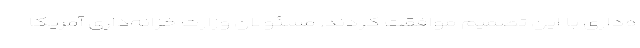
ه‌داری با این تصمیم موافقت کردند. مسئولان وزارت خزانه‌داری آمریکا